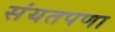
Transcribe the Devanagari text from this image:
संयतपणा